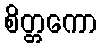
စိတ္တကော